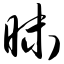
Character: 昧